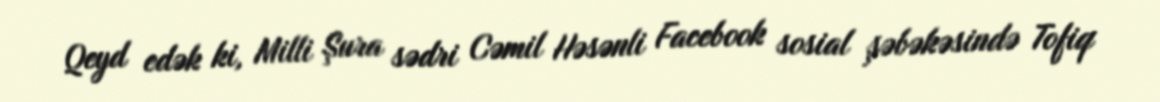
Qeyd edək ki, Milli Şura sədri Cəmil Həsənli Facebook sosial şəbəkəsində Tofiq